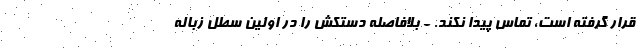
قرار گرفته است، تماس پیدا نکند. - بلافاصله دستکش را در اولین سطل زباله